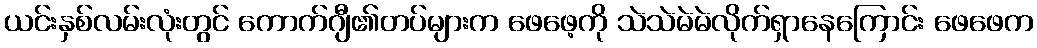
ယင်းနှစ်လမ်းလုံးတွင် ကောက်ဂျီ၏တပ်များက ဖေဖေ့ကို သဲသဲမဲမဲလိုက်ရှာနေကြောင်း ဖေဖေက